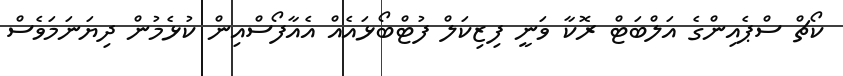
ކޯޗް ސްޕެއިންގެ އަލްބަޓް ރޮކާ ވަނީ ފިޒިކަލް ފުޓްބޯޅައެއް އެއާފޯސްއިން ކުޅެމުން ދިޔަނަމަވެސް